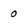
Character: 0